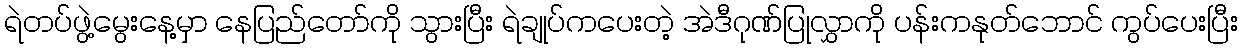
ရဲတပ်ဖွဲ့မွေးနေ့မှာ နေပြည်တော်ကို သွားပြီး ရဲချုပ်ကပေးတဲ့ အဲဒီဂုဏ်ပြုလွှာကို ပန်းကနုတ်ဘောင် ကွပ်ပေးပြီး